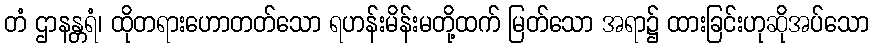
တံ ဌာနန္တရံ၊ ထိုတရားဟောတတ်သော ရဟန်းမိန်းမတို့ထက် မြတ်သော အရာ၌ ထားခြင်းဟုဆိုအပ်သော